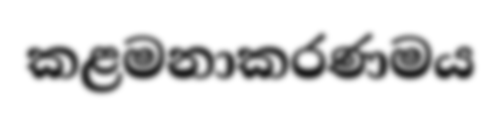
කළමනාකරණමය